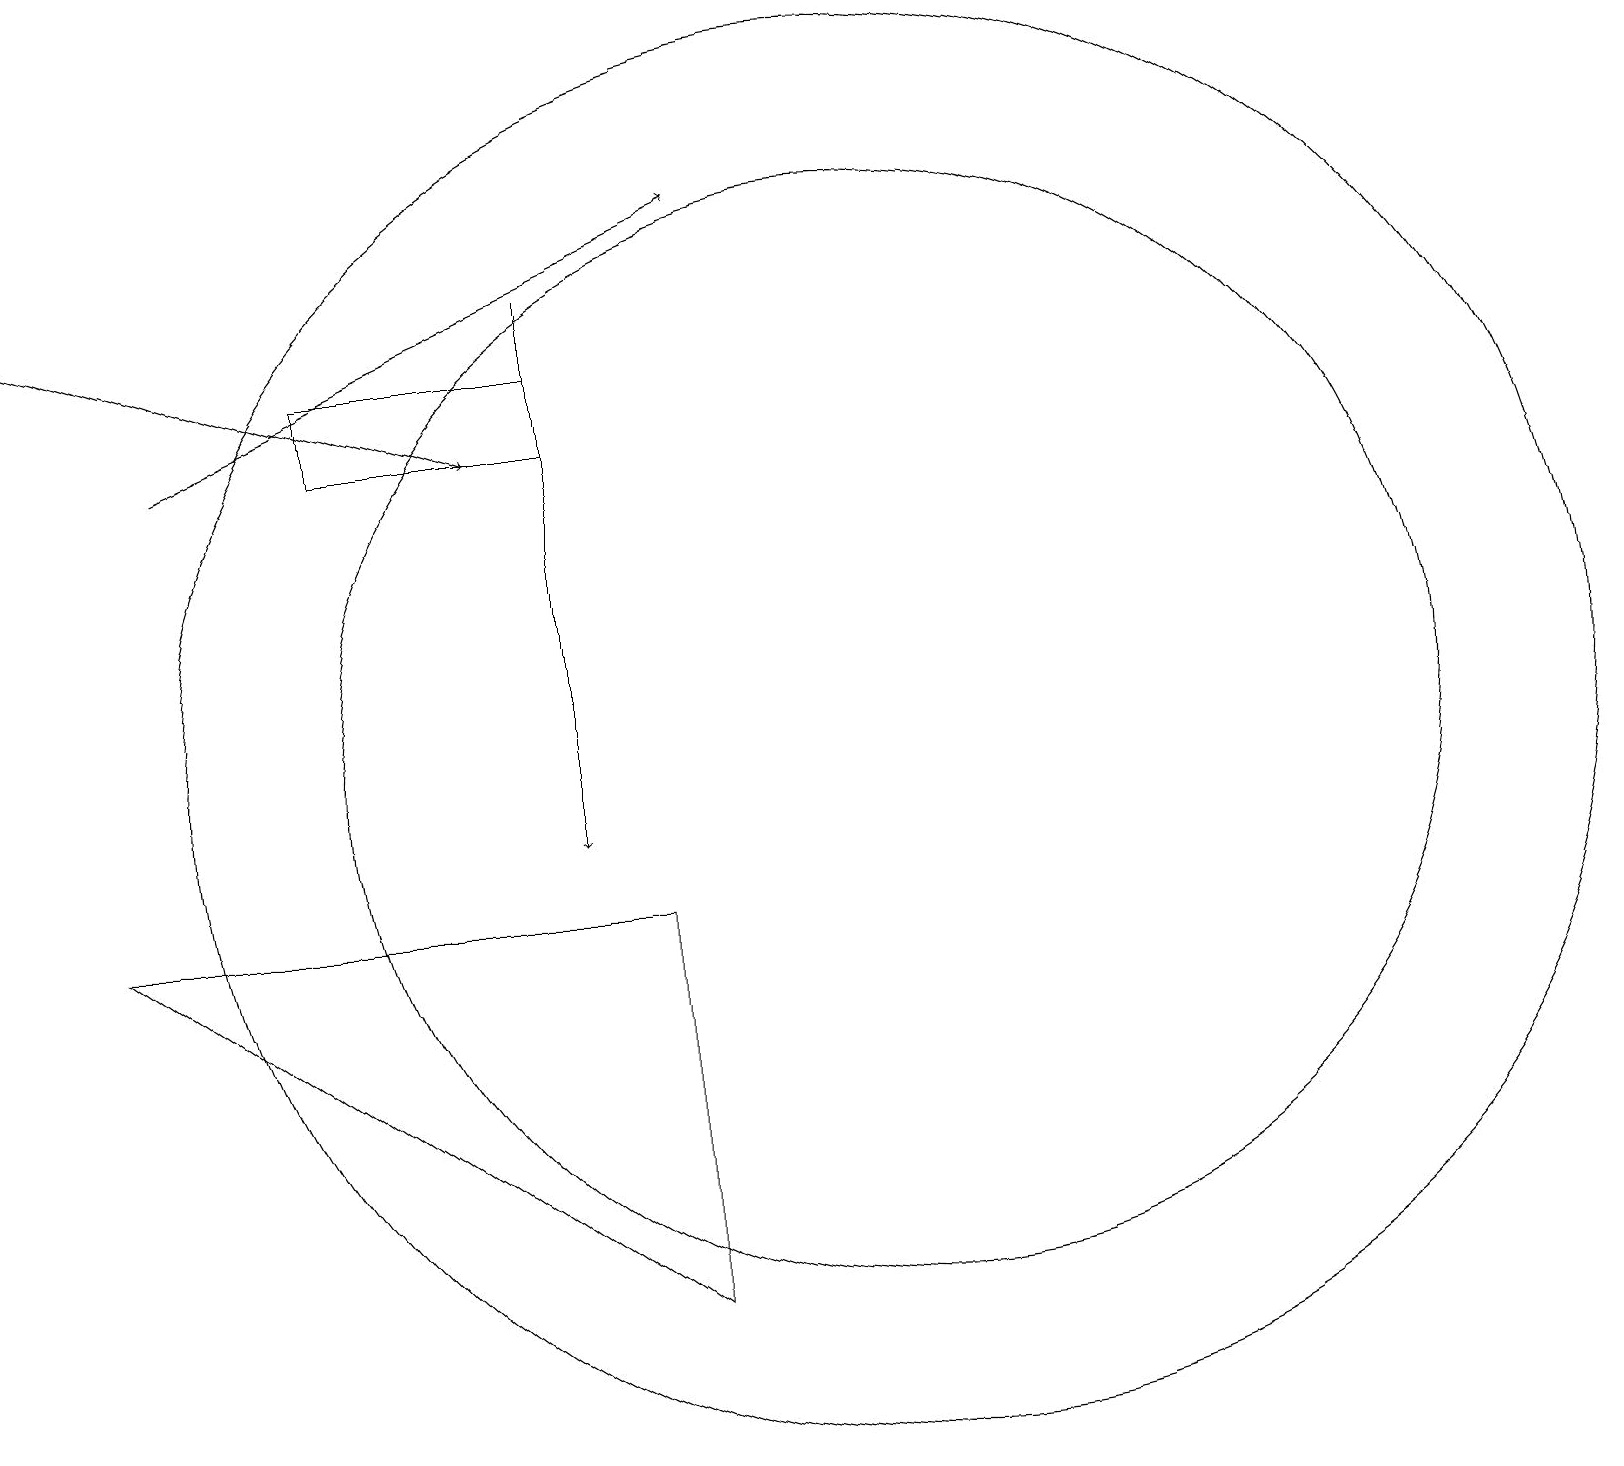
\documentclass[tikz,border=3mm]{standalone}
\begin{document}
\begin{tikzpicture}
\draw (8,4) -- (8,9) -- (1,9) -- cycle;
\draw (7,15) rectangle (4,16);
\draw (11,11) circle (7);
\draw (11,11) circle (9);
\draw[->] (2,15) -- (9,18);
\draw[->] (0,17) -- (6,15);
\draw[->] (7,17) -- (7,10);
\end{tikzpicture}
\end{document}